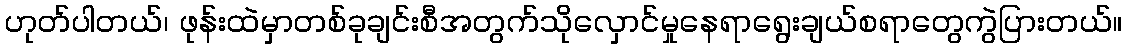
ဟုတ်ပါတယ်၊ ဖုန်းထဲမှာတစ်ခုချင်းစီအတွက်သိုလှောင်မှုနေရာရွေးချယ်စရာတွေကွဲပြားတယ်။